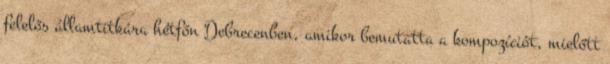
felelős államtitkára hétfőn Debrecenben, amikor bemutatta a kompozíciót, mielőtt